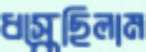
ধস্‌কেছিলাম